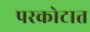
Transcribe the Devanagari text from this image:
परकोटात